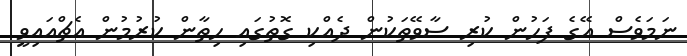
ނަމަވެސް އޭގެ ފަހުން ކުރި ސާވޭތަކުން ދެއްކި ގޮތުގައި ހިތާން ކުރުމުން އެޗްއައިވީ